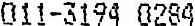
011-3194 0284